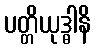
ပတ္တိယုဒ္ဓါနိ